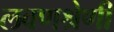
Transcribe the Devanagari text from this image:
लवणश्रेणी